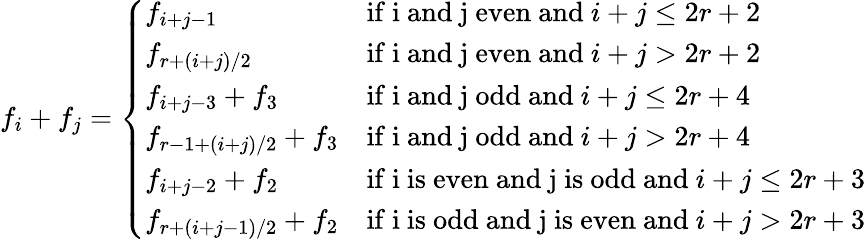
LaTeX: f_{i}+f_{j}=\left\{ \begin{array}{ll}{f_{i+j-1}}&{\mathrm{if~i~and~j~even~and~}i+j\leq 2r+2}\\ {f_{r+(i+j)/2}}&{\mathrm{if~i~and~j~even~and~}i+j>2r+2}\\ {f_{i+j-3}+f_{3}}&{\mathrm{if~i~and~j~odd~and~}i+j\leq 2r+4}\\ {f_{r-1+(i+j)/2}+f_{3}}&{\mathrm{if~i~and~j~odd~and~}i+j>2r+4}\\ {f_{i+j-2}+f_{2}}&{\mathrm{if~i~is~even~and~j~is~odd~and~}i+j\leq 2r+3}\\ {f_{r+(i+j-1)/2}+f_{2}}&{\mathrm{if~i~is~odd~and~j~is~even~and~}i+j>2r+3}\end{array}\right.